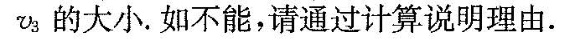
v。的大小。如不能，请通过计算说明理由。